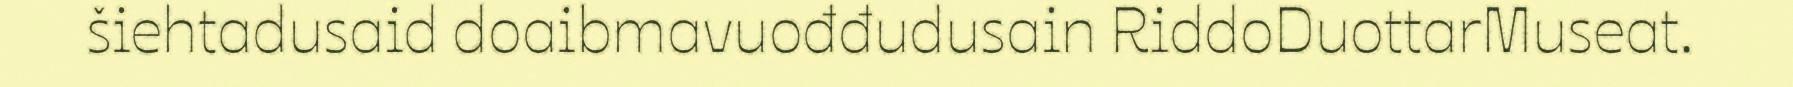
šiehtadusaid doaibmavuođđudusain RiddoDuottarMuseat.